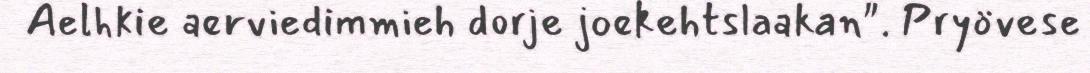
Aelhkie aerviedimmieh dorje joekehtslaakan". Pryövese